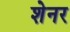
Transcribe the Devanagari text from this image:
शेनर